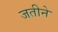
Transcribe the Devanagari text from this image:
जतीने